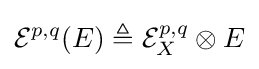
{\mathcal {E}}^{p,q}(E)\triangleq {\mathcal {E}}_{X}^{p,q}\otimes E